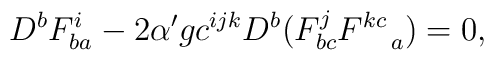
D^bF^i_{ba} - 2\alpha'g c^{ijk}D^b(F^j_{bc}F^{kc}_{~~~a})=0,